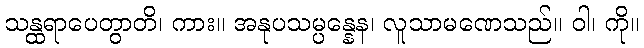
သန္ထရာပေတွာတိ၊ ကား။ အနုပသမ္ပန္နေန၊ လူသာမဏေသည်။ ဝါ၊ ကို။